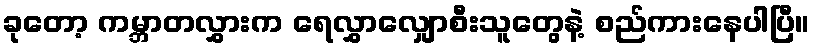
ခုတော့ ကမ္ဘာတလွှားက ရေလွှာလျှောစီးသူတွေနဲ့ စည်ကားနေပါပြီ။